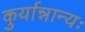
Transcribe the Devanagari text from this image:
कुर्यान्नान्यः